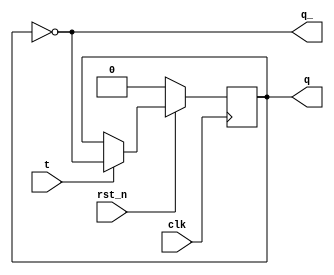
// This program was cloned from: https://github.com/sinkswim/veriloglib
// License: MIT License

// T flip flop
module tff
(
    input clk, rst_n,
    input t,
    output reg q,
    output q_
);

always @(posedge clk)
    if(!rst_n)
        q <= 0;
    else
        q <= (t? ~q:q);

assign q_ = ~q;

endmodule